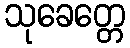
သုခေတ္တေ